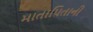
માતાપિતાની